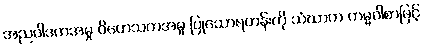
အညဝါဒကအမှု ဝိဟေသကအမှု ပြုသောရဟန်းကို သံဃာက ကမ္မဝါစာဖြင့်